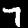
Label: 7